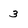
Character: 3